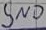
Text: GND